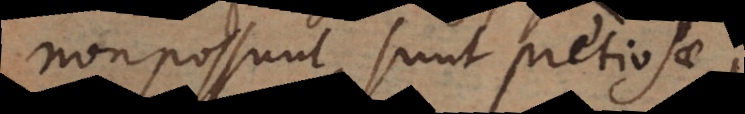
non possunt, sunt pretiosae,